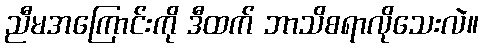
ညီမအကြောင်းကို ဒီထက် ဘာသိစရာလိုသေးလဲ။